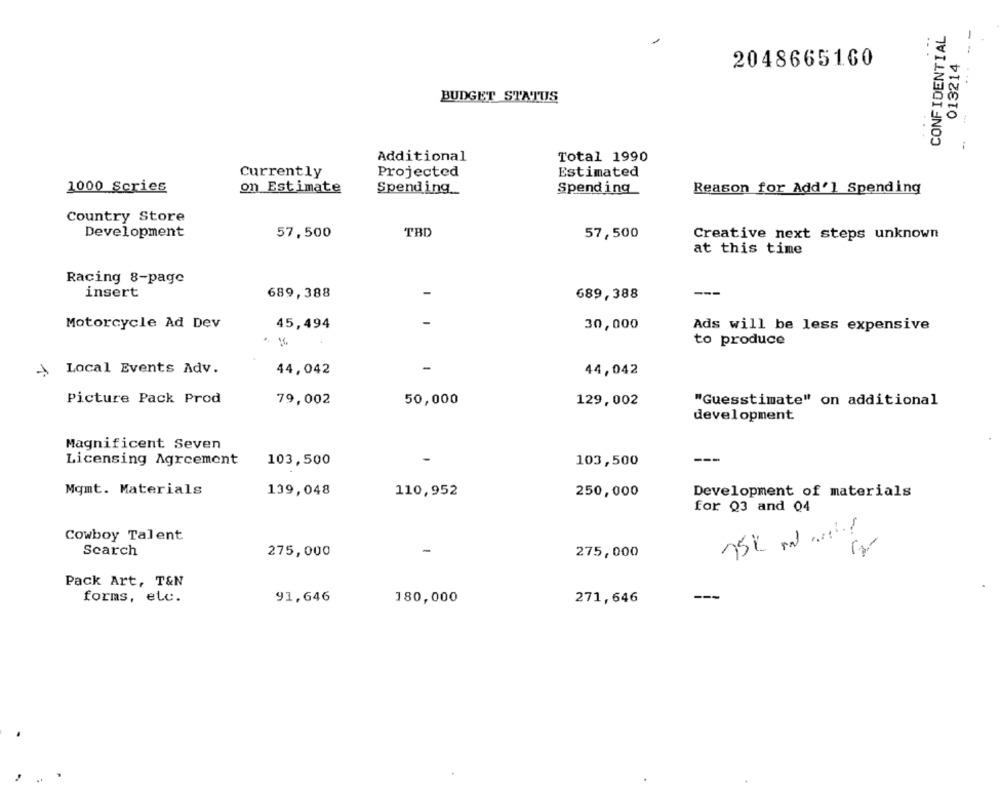
CONFIDENTIAL
-
.. .
2048665160
013214
BUDGET STATUS
Additional
Total 1990
Currently
Projected
Estimated
1000 Scries
on Estimate
Spending __
Spending
Reason for Add'] Spending
Country Store
Development
57,500
TBD
57,500
Creative next steps unknown
at this time
Racing 8-page
insert
689,388
689,388
Motorcycle Ad Dev
45,494
30,000
Ads will be less expensive
to produce
Local Events Adv.
44,042
44,042
Picture Pack Prod
79,002
50,000
129,002
"Guesstimate" on additional
development
Magnificent Seven
Licensing Agreement
103,500
103,500
Mgmt. Materials
139,048
110,952
250,000
Development of materials
for Q3 and 04
Cowboy Talent
Search
275,000
-
275,000
Pack Art, T&N
forms, etc.
91,646
180,000
271,646